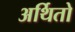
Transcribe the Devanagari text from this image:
अर्थितो